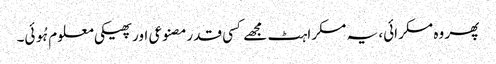
پھر وہ مسکرائی، یہ مسکراہٹ مجھے کسی قدرمصنوعی اور پھیکی معلوم ہُوئی۔